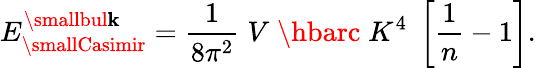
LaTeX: E_{\smallCasimir}^{\smallbul\mathbf{k}}={\frac{{1}}{{8\pi^{2}}}}\; V\; \hbarc\; K^{4}\; \left[{\frac{{1}}{{n}}}-1\right].